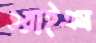
ওয়াইএম